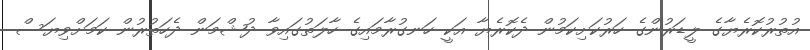
އުތުރުކޮރެޔާގެ ލީޑަރުންގެ ހަރުކަށިކަމުން ދެކޮރެޔާ އަކީ ހަނގުރާމައިގެ ހާލަތުގައިވާ ދުޝްމަން ދެހަތުރުން ކަމަށްވިޔަސް